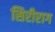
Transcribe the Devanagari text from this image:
सिरीराग